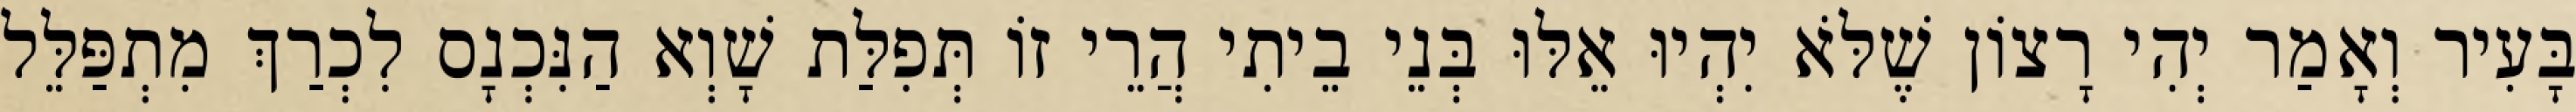
בָּעִיר וְאָמַר יְהִי רָצוֹן שֶׁלֹּא יִהְיוּ אֵלּוּ בְּנֵי בֵיתִי הֲרֵי זוֹ תְּפִלַּת שָׁוְא הַנִּכְנָס לִכְרַךְ מִתְפַּלֵּל